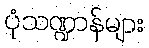
ပုံသဏ္ဍာန်များ